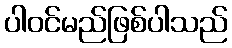
ပါဝင်မည်ဖြစ်ပါသည်